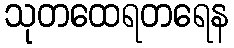
သုတထေရတရေန